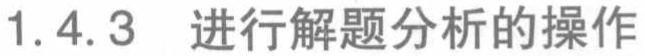
1.4.3 进行解题分析的操作